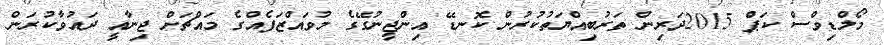
މޯލްޑިވްސް ކަޕް 2015ދަރިން ތަރުބިއްޔަތުކުރުން ކޮނޑޭ އިންޖީނުގޭގެ މުވައްޒަފެއްގެ މައްޗަށް ޖިނާއީ ދައުވާކުރަން